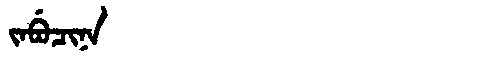
Manchu: ᠵᠠᠪᡠᠴᡳᠨᠠ
Romanization: JABUCINA